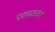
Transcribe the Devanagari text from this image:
प्रभावळ्कर